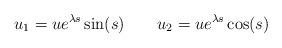
LaTeX: \begin{align*} u_1=u e^{\lambda s} \sin(s) \qquad u_2=u e^{\lambda s} \cos(s)\end{align*}